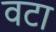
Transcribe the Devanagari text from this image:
वटा